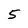
Character: 5